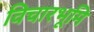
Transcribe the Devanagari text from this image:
विचारभूमि